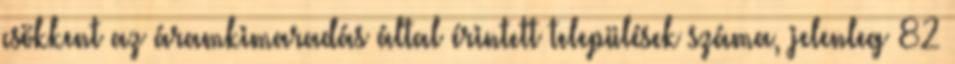
csökkent az áramkimaradás által érintett települések száma, jelenleg 82